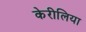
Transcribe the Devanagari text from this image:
केरीलिया